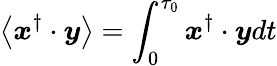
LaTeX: \left\langle\boldsymbol{x}^{\dagger}\cdot\boldsymbol{y}\right\rangle=\int_{0}^{\tau_{0}}\boldsymbol{x}^{\dagger}\cdot\boldsymbol{y}dt